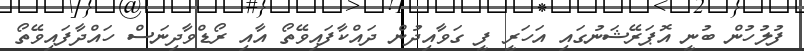
ފުލުހުން ބުނީ އޮޕަރޭޝަނުގައި އަހަރީ ފީ ގަވާއިދުން ދައްކާފައިވޭތޯ އާއި ރޯޑްވާދިނަސް ހައްދާފައިވޭތޯ